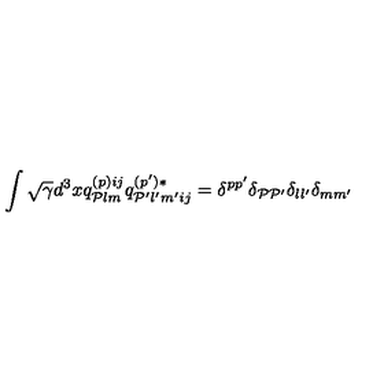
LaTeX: \int \sqrt { \gamma } d ^ { 3 } x q _ { { \cal P } l m } ^ { ( p ) i j } q _ { { \cal P } ^ { \prime } l ^ { \prime } m ^ { \prime } i j } ^ { ( p ^ { \prime } ) * } = \delta ^ { p p ^ { \prime } } \delta _ { { \cal P } { \cal P } ^ { \prime } } \delta _ { l l ^ { \prime } } \delta _ { m m ^ { \prime } }